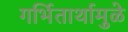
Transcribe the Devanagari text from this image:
गर्भितार्थामुळे